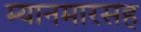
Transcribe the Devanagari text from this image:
म्यानमारसह